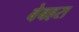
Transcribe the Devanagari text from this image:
बेबहरा